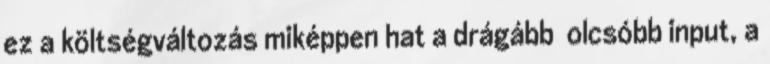
ez a költségváltozás miképpen hat a drágább olcsóbb input, a